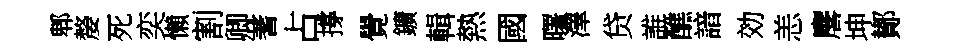
郫嫠死奕懶割卿蓍占撐覺鑛輯熱國曙澤贷誰醮諳効恙麐坤鄼